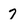
Character: 7